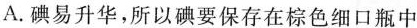
A.碘易升华，所以碘要保存在棕色细口瓶中